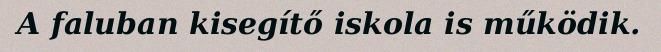
A faluban kisegítő iskola is működik.